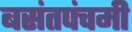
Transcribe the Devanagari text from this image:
बसंतपंचमी